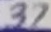
Text: 37